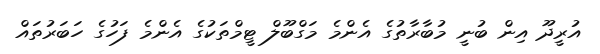
އުރީދޫ އިން ބުނީ މުބާރާތުގެ އެންމެ މަގްބޫލް ޓީމްތަކުގެ އެންމެ ފަހުގެ ހަބަރުތައް